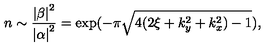
n \sim \frac { \left| \beta \right| ^ { 2 } } { \left| \alpha \right| ^ { 2 } } = \exp ( - \pi \sqrt { 4 ( 2 \xi + k _ { y } ^ { 2 } + k _ { x } ^ { 2 } ) - 1 } ) ,